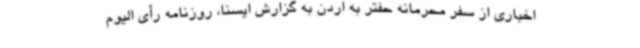
اخباری از سفر محرمانه حفتر به اردن به گزارش ایسنا، روزنامه رأی الیوم